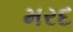
મરદ